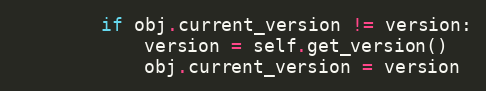
Language: Python
        if obj.current_version != version:
            version = self.get_version()
            obj.current_version = version